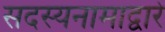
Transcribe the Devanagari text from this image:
सदस्यनामाद्वारे